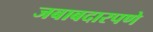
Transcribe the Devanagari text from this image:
जबाबदारपणे